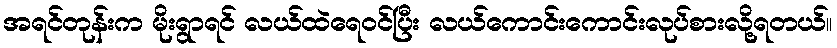
အရင်တုန်းက မိုးရွာရင် လယ်ထဲရေဝင်ပြီး လယ်ကောင်းကောင်းလုပ်စားလို့ရတယ်။